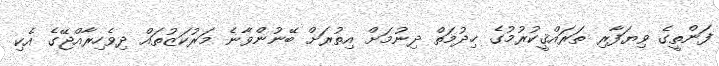
ފަންތީގެ ވިޔަފާރި ތަރައްޤީކުރުމުގެ ޚިދުމަތް ދިނުމަށް އިތުރަށް ބޭނުންވާނެ މަރުކަޒުތައް ދިވެހިރާއްޖޭގެ އެކި